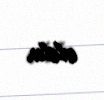
oldu.